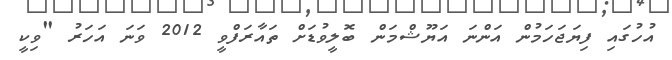
އުހުގައި ފިޔަޖަހަމުން އަންނަ އަޔޫޝްމަން ބޮލީވުޑަށް ތައާރަފްވީ 2012 ވަނަ އަހަރު "ވިކީ